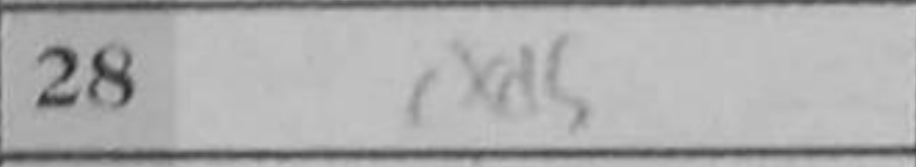
Transcription: cxd5